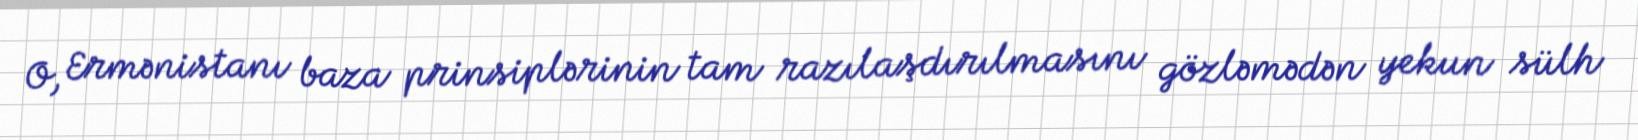
O, Ermənistanı baza prinsiplərinin tam razılaşdırılmasını gözləmədən yekun sülh